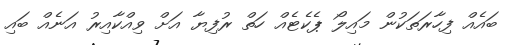
ބައެއް ފިހާރަތަކުން މައިލޯ ޕެކެޓެއް ހަތް ރުފިޔާ އަށް ވިއްކާއިރު އަނެއް ބައި